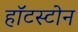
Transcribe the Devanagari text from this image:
हॉटस्टोन